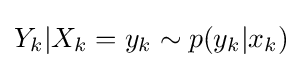
Y_{k}|X_{k}=y_{k}\sim p(y_{k}|x_{k})